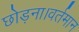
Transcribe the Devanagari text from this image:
छोड़ना।वर्तमान